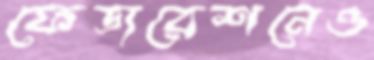
ফেডারেশনেও